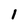
Character: l